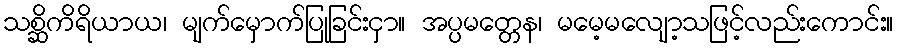
သစ္ဆိကိရိယာယ၊ မျက်မှောက်ပြုခြင်းငှာ။ အပ္ပမတ္တေန၊ မမေ့မလျော့သဖြင့်လည်းကောင်း။